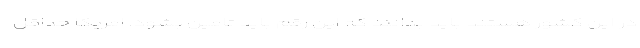
در اين كشور هستند بايد بدانند كه اين رقم بايد تامين بشود. امريكا حداقل